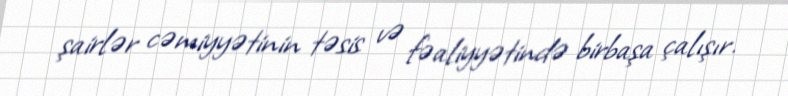
şairlər cəmiyyətinin təsis və fəaliyyətində birbaşa çalışır.